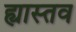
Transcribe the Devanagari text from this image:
ह्यास्तव